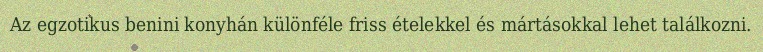
Az egzotikus benini konyhán különféle friss ételekkel és mártásokkal lehet találkozni.